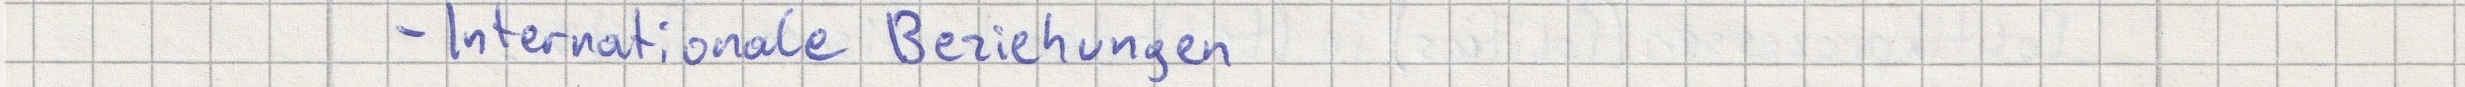
- Internationale Beziehungen